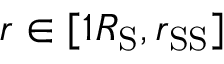
r \in [ 1 R _ { \mathrm { S } } , r _ { \mathrm { S S } } ]